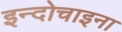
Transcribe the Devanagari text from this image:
इन्दोचाइना